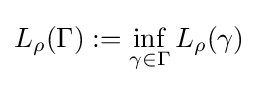
L_{\rho }(\Gamma ):=\inf _{\gamma \in \Gamma }L_{\rho }(\gamma )